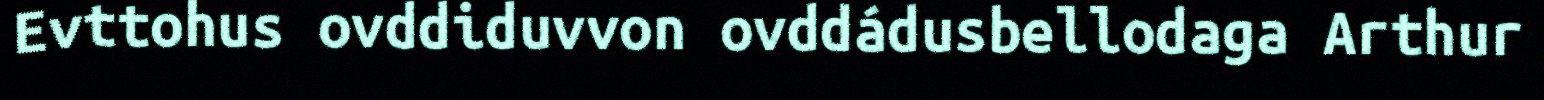
Evttohus ovddiduvvon ovddádusbellodaga Arthur